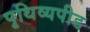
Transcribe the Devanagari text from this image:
पृथिव्यपीड